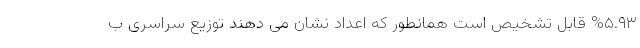
%۵.۹۳ قابل تشخیص است همانطور که اعداد نشان می دهند توزیع سراسری ب